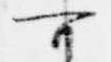
可